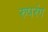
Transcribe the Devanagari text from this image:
रुपरंग